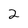
Character: 2